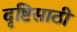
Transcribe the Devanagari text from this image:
दृष्टिसाठी